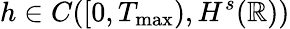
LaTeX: h\in C([0,T_{\operatorname*{max}}),H^{s}(\mathbb R))